Bombay plague: being a history of the progress of plague in the Bombay presidency from September 1896 to June 1899
Year: 1896
Disease focus: Plague
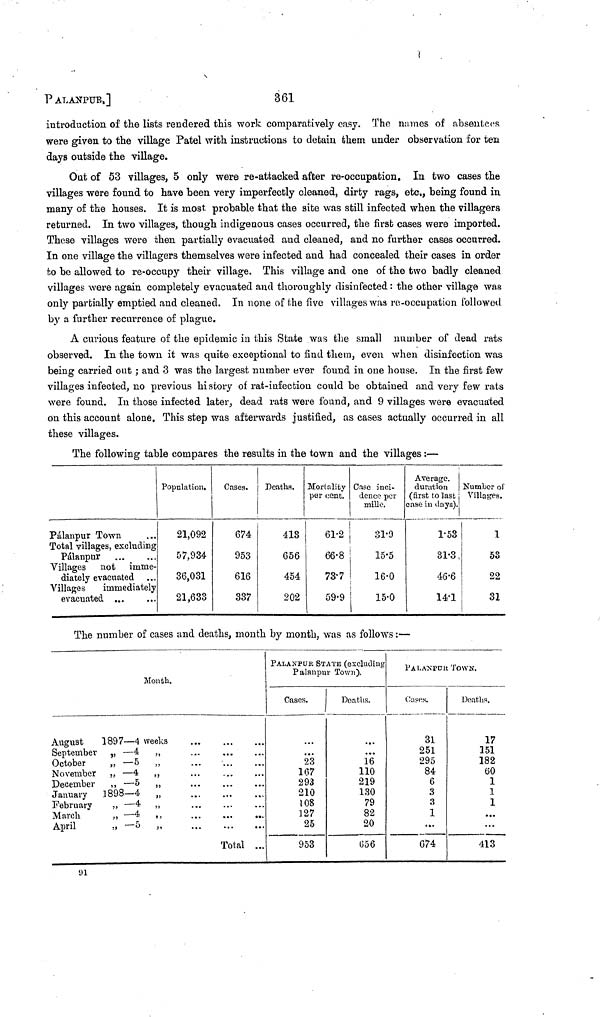
P ALANPUR.]
361
introduction of the lists rendered this work comparatively easy. The names of absentees
were given to the village Patel with instructions to detain them under observation for ten
days outside the village.
Out of 53 villages, 5 only were re-attacked after re-occupation. In two cases the
villages were found to have been very imperfectly cleaned, dirty rags, etc., being found in
many of the houses. It is most probable that the site was still infected when the villagers
returned. In two villages, though indigenous cases occurred, the first cases were imported.
These villages were then partially evacuated and cleaned, and no further cases occurred.
In one village the villagers themselves were infected and had concealed their cases in order
to be allowed to re-occupy their village. This village and one of the two badly cleaned
villages were again completely evacuated and thoroughly disinfected: the other village was
only partially emptied and cleaned. In none of the five villages was re-occupation followed
by a further recurrence of plague.
A curious feature of the epidemic in this State was the small number of dead rats
observed. In the town it was quite exceptional to find them, even when disinfection was
being carried out ; and 3 was the largest number ever found in one house. In the first few
villages infected, no previous hi story of rat-infection could be obtained and very few rats
were found. In those infected later, dead rats were found, and 9 villages were evacuated
on this account alone, This step was afterwards justified, as cases actually occurred in all
these villages.
The following table compares the results in the town and the villages:—
Pálanpur Town
Total villages, excluding
Pálanpur
Villages not imme-
diately evacuated
Villages
immediately
evacuated ...
Population.
21,092
57,934
36,031
21,633
Cases.
674
953
616
337
Deaths.
418
656
454
202
Mortality
per cent.
61 2
66 8
73 7
59 9
Case inci-
dence per
mille.
31 9
15 5
16 0
15 0
Average.
duration
(first to last
case in days).
1 53
31 3
46 6
14 1
Number of
Villages.
1
53
22
31
The number of cases and deaths, month by month, was as follows :—
Month.
August
1897 — 4 weeks
September ,, — 4 ,,
October ,, — 5
,,
November ,, — 4 ,,
December ,, — 5 ,,
January 1898—4
,,
February ,, — 4
,,
March
,,
—4
,,
April
,,
—5 ,,
Total ...
PALANPUR STATE (excluding
Palanpur Town).
Cases.
...
23
167
293
210
108
127
25
953
Deaths.
...
16
110
219
130
79
82
20
656
PALANPUR TOWN.
Cases.
31
251
295
84
6
3
(5
1
...
674
Deaths.
17
151
182
60
1
1
1
...
...
413
91